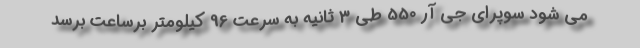
می شود سوپرای جی آر 550 طی 3 ثانیه به سرعت 96 کیلومتر برساعت برسد